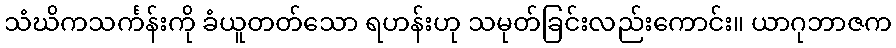
သံဃိကသင်္ကန်းကို ခံယူတတ်သော ရဟန်းဟု သမုတ်ခြင်းလည်းကောင်း။ ယာဂုဘာဇက